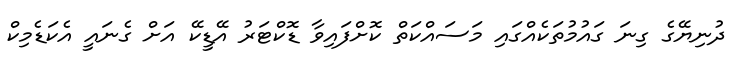
ދުނިޔޭގެ ގިނަ ގައުމުތަކެއްގައި މަސައްކަތް ކޮށްފައިވާ ޑޮކްޓަރު އޭޑީކޭ އަށް ގެނައީ އެކަޑެމިކް